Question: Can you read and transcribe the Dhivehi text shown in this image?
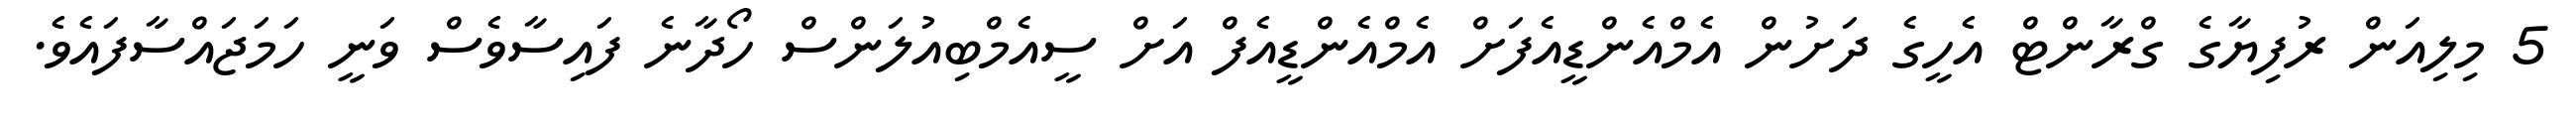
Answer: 5 މިލިއަން ރުފިޔާގެ ގްރާންޓް އެހީގެ ދަށުން އެމްއެންޑީއެފަށް އެމްއެންޑީއެފް އަށް ސީއެމްބިއުލަންސް ހޯދާނެ ފައިސާވެސް ވަނީ ހަމަޖައްސާފައެވެ.